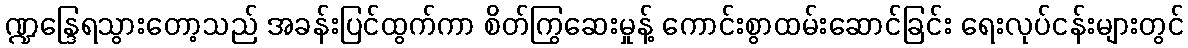
ဏ္ဍန္ဒြေရသွားတော့သည် အခန်းပြင်ထွက်ကာ စိတ်ကြွဆေးမှုန့် ကောင်းစွာထမ်းဆောင်ခြင်း ရေးလုပ်ငန်းများတွင်